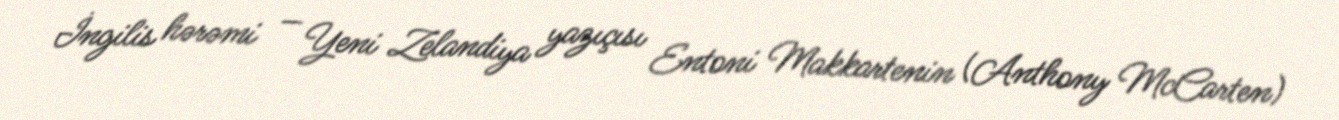
İngilis hərəmi — Yeni Zelandiya yazıçısı Entoni Makkartenin (Anthony McCarten)